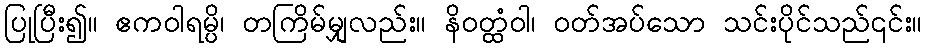
ပြုပြီး၍။ ဧကဝါရမ္ပိ၊ တကြိမ်မျှလည်း။ နိဝတ္ထံဝါ၊ ဝတ်အပ်သော သင်းပိုင်သည်၎င်း။